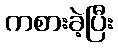
ကစားခဲ့ပြီး